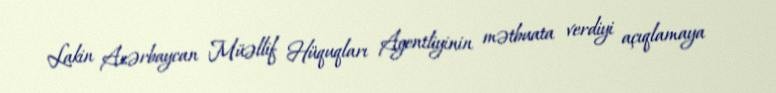
Lakin Azərbaycan Müəllif Hüquqları Agentliyinin mətbuata verdiyi açıqlamaya